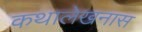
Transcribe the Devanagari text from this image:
कथालेखनास